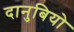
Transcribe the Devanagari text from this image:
दानुबियो